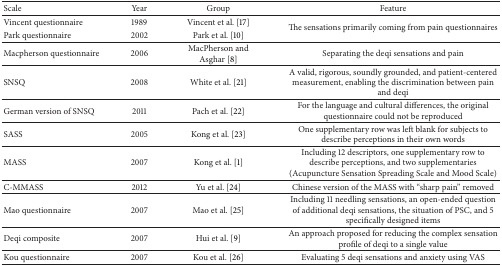
<table><thead><tr><td><b>Scale</b></td><td><b>Year</b></td><td><b>Group</b></td><td><b>Feature</b></td></tr></thead><tbody><tr><td>Vincent questionnaire</td><td>1989</td><td>Vincent et al. [17]</td><td rowspan="2">The sensations primarily coming from pain questionnaires</td></tr><tr><td>Park questionnaire</td><td>2002</td><td>Park et al. [10]</td></tr><tr><td>Macpherson questionnaire</td><td>2006</td><td>MacPherson and Asghar [8]</td><td>Separating the deqi sensations and pain</td></tr><tr><td>SNSQ</td><td>2008</td><td>White et al. [21]</td><td>A valid, rigorous, soundly grounded, and patient-centered measurement, enabling the discrimination between pain and deqi</td></tr><tr><td>German version of SNSQ</td><td>2011</td><td>Pach et al. [22]</td><td>For the language and cultural differences, the original questionnaire could not be reproduced</td></tr><tr><td>SASS</td><td>2005</td><td>Kong et al. [23]</td><td>One supplementary row was left blank for subjects to describe perceptions in their own words</td></tr><tr><td>MASS</td><td>2007</td><td>Kong et al. [1]</td><td>Including 12 descriptors, one supplementary row to describe perceptions, and two supplementaries (Acupuncture Sensation Spreading Scale and Mood Scale)</td></tr><tr><td>C-MMASS</td><td>2012</td><td>Yu et al. [24]</td><td>Chinese version of the MASS with “sharp pain” removed</td></tr><tr><td>Mao questionnaire</td><td>2007</td><td>Mao et al. [25]</td><td>Including 11 needling sensations, an open-ended question of additional deqi sensations, the situation of PSC, and 5 specifically designed items</td></tr><tr><td>Deqi composite</td><td>2007</td><td>Hui et al. [9]</td><td>An approach proposed for reducing the complex sensation profile of deqi to a single value</td></tr><tr><td>Kou questionnaire</td><td>2007</td><td>Kou et al. [26]</td><td>Evaluating 5 deqi sensations and anxiety using VAS</td></tr></tbody></table>